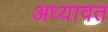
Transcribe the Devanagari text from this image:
अध्यावत